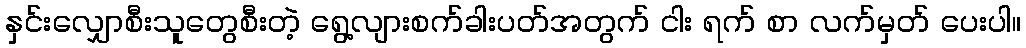
နှင်းလျှောစီးသူတွေစီးတဲ့ ရွေ့လျားစက်ခါးပတ်အတွက် ငါး ရက် စာ လက်မှတ် ပေးပါ။